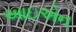
આઇએન